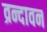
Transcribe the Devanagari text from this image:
व्रन्दावन